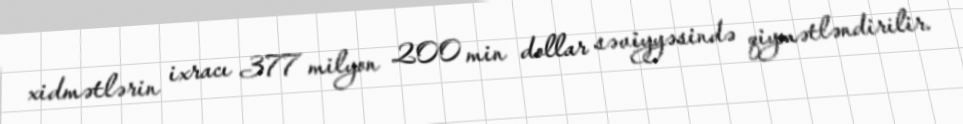
xidmətlərin ixracı 377 milyon 200 min dollar səviyyəsində qiymətləndirilir.